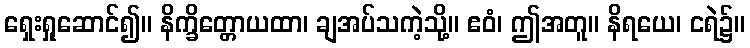
ရှေးရှုဆောင်၍။ နိက္ခိတ္တောယထာ၊ ချအပ်သကဲ့သို့။ ဧဝံ၊ ဤအတူ။ နိရယေ၊ ငရဲ၌။